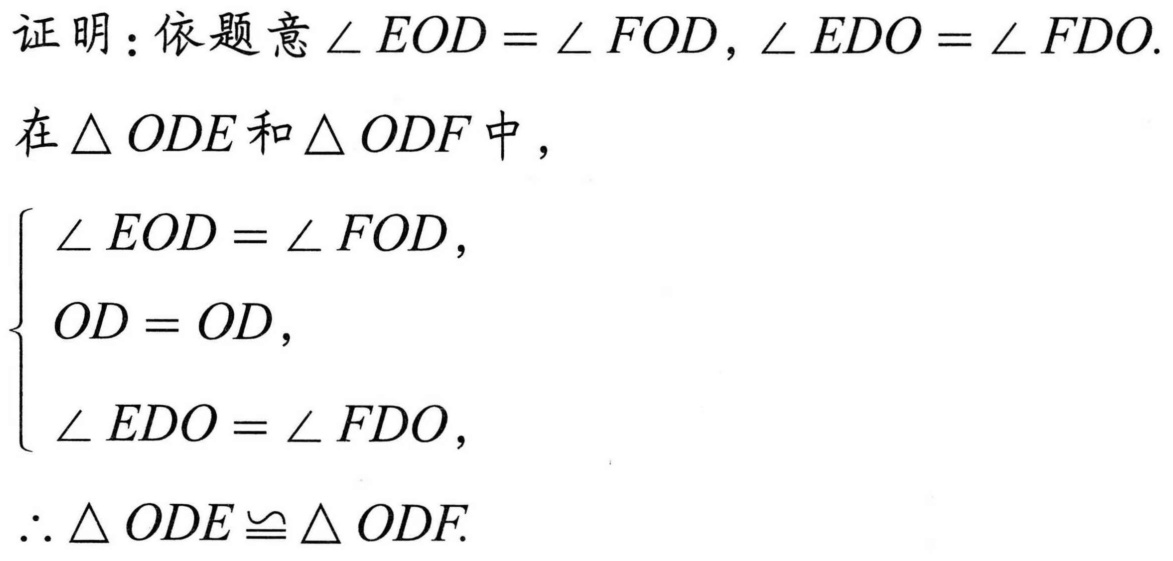
证明：依题意$\angle EOD = \angle FOD, \angle EDO = \angle FDO$.

在$\triangle ODE$和$\triangle ODF$中，
\[
\begin{cases}
\angle EOD = \angle FOD, \\
OD = OD, \\
\angle EDO = \angle FDO,
\end{cases}
\]
$\therefore \triangle ODE \cong \triangle ODF$.